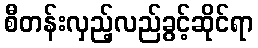
စီတန်းလှည့်လည်ခွင့်ဆိုင်ရာ